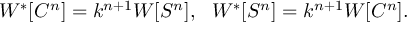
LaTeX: W ^ { * } [ C ^ { n } ] = k ^ { n + 1 } W [ S ^ { n } ] , ~ ~ W ^ { * } [ S ^ { n } ] = k ^ { n + 1 } W [ C ^ { n } ] .